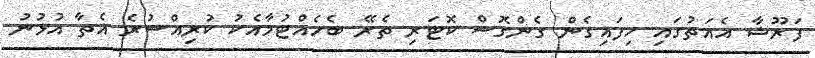
ފަރޫޝާ އެއަތުގައި ހިފައިގެން ގެންގޮސް ކޮޓަރި ތެރޭ ބެހެއްޓުމާއެކު ކުރިއްސުރެ އެތާ އުޅުނު